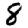
Digit: 8